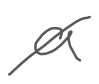
Text: a
Cross-out: mix
Writing tool: digital_gray